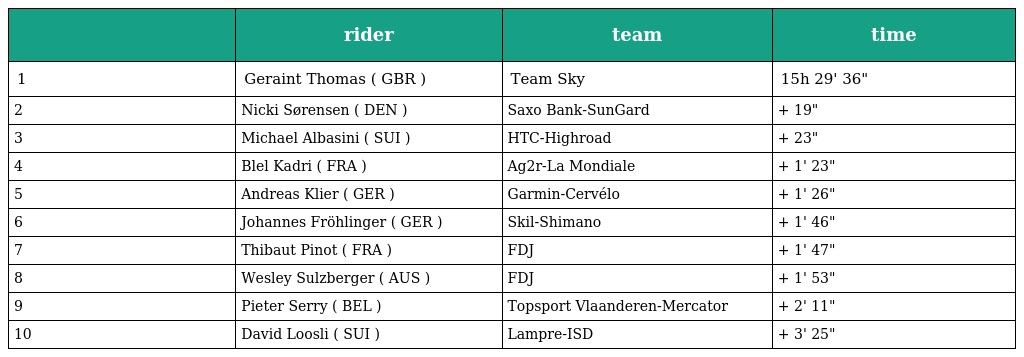
|  | rider | team | time |
 | --- | --- | --- | --- |
 | 1 | Geraint Thomas ( GBR ) | Team Sky | 15h 29' 36" |
 | 2 | Nicki Sørensen ( DEN ) | Saxo Bank-SunGard | + 19" |
 | 3 | Michael Albasini ( SUI ) | HTC-Highroad | + 23" |
 | 4 | Blel Kadri ( FRA ) | Ag2r-La Mondiale | + 1' 23" |
 | 5 | Andreas Klier ( GER ) | Garmin-Cervélo | + 1' 26" |
 | 6 | Johannes Fröhlinger ( GER ) | Skil-Shimano | + 1' 46" |
 | 7 | Thibaut Pinot ( FRA ) | FDJ | + 1' 47" |
 | 8 | Wesley Sulzberger ( AUS ) | FDJ | + 1' 53" |
 | 9 | Pieter Serry ( BEL ) | Topsport Vlaanderen-Mercator | + 2' 11" |
 | 10 | David Loosli ( SUI ) | Lampre-ISD | + 3' 25" |